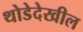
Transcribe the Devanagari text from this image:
थोडेदेखील